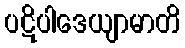
ပဋိပါဒေယျာမာတိ